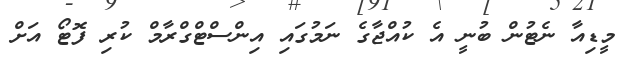
މީޑިއާ ނެޓުން ބުނީ އެ ކުއްޖާގެ ނަމުގައި އިންސްޓްގްރާމް ކުރި ފޮޓޯ އަށް